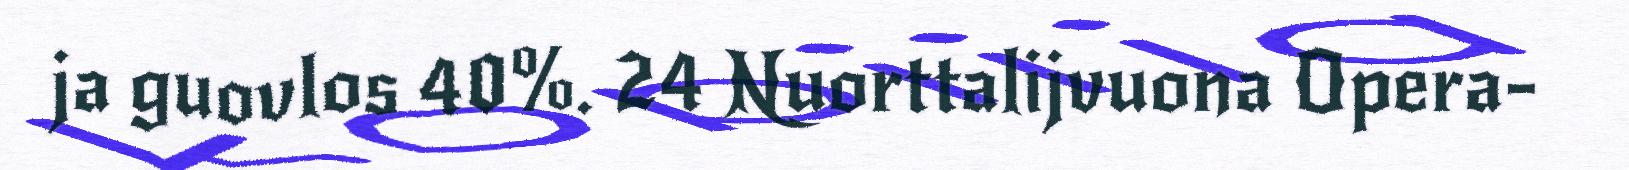
ja guovlos 40%. 24 Nuorttalijvuona Opera-